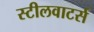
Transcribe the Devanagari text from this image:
स्टीलवाटर्स